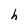
Character: h